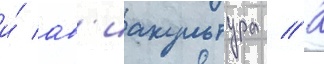
и́ ав'иакультура // К